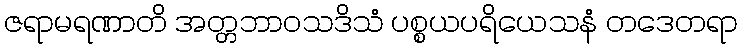
ဇရာမရဏာတိ အတ္တဘာဝသဒိသံ ပစ္စယပရိယေသနံ တဒေတရာ